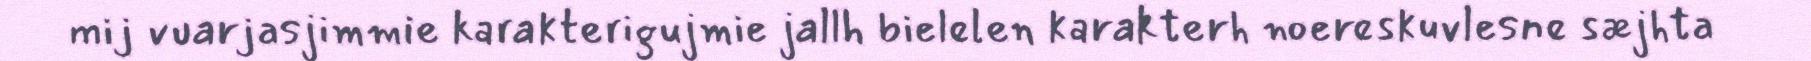
mij vuarjasjimmie karakterigujmie jallh bielelen karakterh noereskuvlesne sæjhta